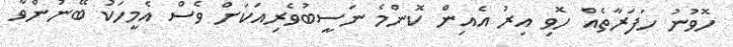
ހޮވުނު ހަފަރާތެއް ހޮވި އިރު އެއިން ކޮންމެ ނަސީބުވެރިއަކަށް ވެސް އެމީހަކު ބޭނުންވާ